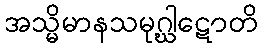
အသ္မိမာနသမုဂ္ဃါဋောတိ